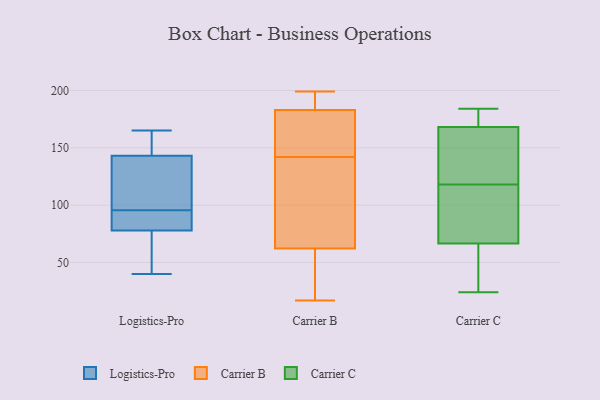
{"axis": {"x": "Revenue (USD Million)", "y": "Value"}, "legend": ["Carrier B", "Carrier C", "Logistics-Pro"], "data": [{"x": "", "y": 86, "type": "Logistics-Pro"}, {"x": "", "y": 165, "type": "Logistics-Pro"}, {"x": "", "y": 78, "type": "Logistics-Pro"}, {"x": "", "y": 164, "type": "Logistics-Pro"}, {"x": "", "y": 66, "type": "Logistics-Pro"}, {"x": "", "y": 157, "type": "Logistics-Pro"}, {"x": "", "y": 40, "type": "Logistics-Pro"}, {"x": "", "y": 76, "type": "Logistics-Pro"}, {"x": "", "y": 100, "type": "Logistics-Pro"}, {"x": "", "y": 91, "type": "Logistics-Pro"}, {"x": "", "y": 143, "type": "Logistics-Pro"}, {"x": "", "y": 140, "type": "Logistics-Pro"}, {"x": "", "y": 85, "type": "Logistics-Pro"}, {"x": "", "y": 109, "type": "Logistics-Pro"}, {"x": "", "y": 36, "type": "Carrier B"}, {"x": "", "y": 199, "type": "Carrier B"}, {"x": "", "y": 195, "type": "Carrier B"}, {"x": "", "y": 17, "type": "Carrier B"}, {"x": "", "y": 167, "type": "Carrier B"}, {"x": "", "y": 119, "type": "Carrier B"}, {"x": "", "y": 178, "type": "Carrier B"}, {"x": "", "y": 179, "type": "Carrier B"}, {"x": "", "y": 110, "type": "Carrier B"}, {"x": "", "y": 71, "type": "Carrier B"}, {"x": "", "y": 23, "type": "Carrier B"}, {"x": "", "y": 198, "type": "Carrier B"}, {"x": "", "y": 142, "type": "Carrier B"}, {"x": "", "y": 74, "type": "Carrier C"}, {"x": "", "y": 168, "type": "Carrier C"}, {"x": "", "y": 118, "type": "Carrier C"}, {"x": "", "y": 37, "type": "Carrier C"}, {"x": "", "y": 111, "type": "Carrier C"}, {"x": "", "y": 126, "type": "Carrier C"}, {"x": "", "y": 106, "type": "Carrier C"}, {"x": "", "y": 170, "type": "Carrier C"}, {"x": "", "y": 184, "type": "Carrier C"}, {"x": "", "y": 44, "type": "Carrier C"}, {"x": "", "y": 169, "type": "Carrier C"}, {"x": "", "y": 142, "type": "Carrier C"}, {"x": "", "y": 24, "type": "Carrier C"}]}